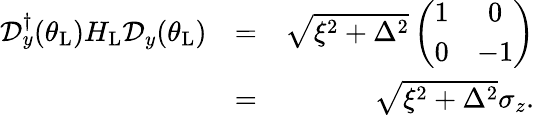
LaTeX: \begin{array}{rlr}{\mathcal{D}_{y}^{\dagger}(\theta_{\mathrm{L}})H_{\mathrm{L}}\mathcal{D}_{y}(\theta_{\mathrm{L}})}&{=}&{\sqrt{\xi^{2}+\Delta^{2}}\left(\begin{array}{cc}{1}&{0}\\ {0}&{-1}\end{array}\right)}\\ &{=}&{\sqrt{\xi^{2}+\Delta^{2}}\sigma_{z}.}\end{array}